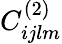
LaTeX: C_{ijlm}^{(2)}